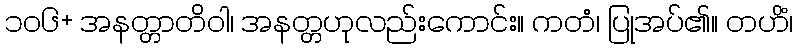
၁၀၆+ အနတ္တာတိဝါ၊ အနတ္တဟုလည်းကောင်း။ ကတံ၊ ပြုအပ်၏။ တဟိံ၊